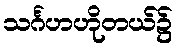
သင်္ဂဟဟိုတယ်၌